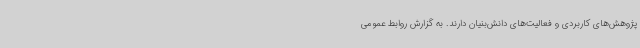
پژوهش‌های کاربردی و فعالیت‌های دانش‌بنیان دارند. به گزارش روابط عمومی